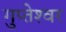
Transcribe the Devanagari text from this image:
गुप्‍तेश्‍वर